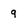
Character: g